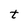
Character: t